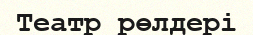
Театр рөлдері